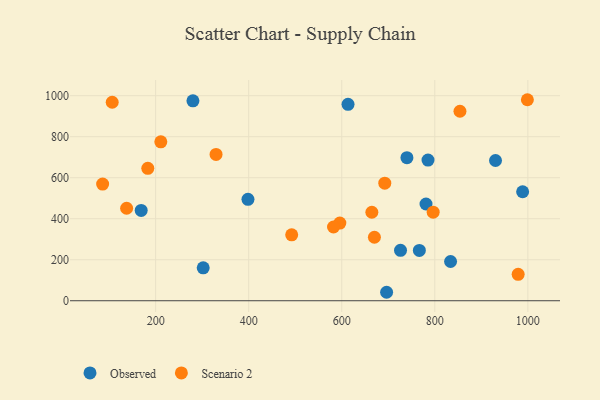
{"axis": {"x": "Price", "y": "Exam Score"}, "legend": ["Observed", "Scenario 2"], "data": [{"x": "613.5", "y": 958.2, "type": "Observed"}, {"x": "833.9", "y": 191.4, "type": "Observed"}, {"x": "168.9", "y": 440.7, "type": "Observed"}, {"x": "781.1", "y": 471.8, "type": "Observed"}, {"x": "302.2", "y": 160.4, "type": "Observed"}, {"x": "280.1", "y": 974.9, "type": "Observed"}, {"x": "740.1", "y": 697.7, "type": "Observed"}, {"x": "726.3", "y": 245.8, "type": "Observed"}, {"x": "988.8", "y": 531.5, "type": "Observed"}, {"x": "930.5", "y": 684.1, "type": "Observed"}, {"x": "398.4", "y": 494.5, "type": "Observed"}, {"x": "785.4", "y": 686.2, "type": "Observed"}, {"x": "766.8", "y": 245.4, "type": "Observed"}, {"x": "696.4", "y": 41.3, "type": "Observed"}, {"x": "137.6", "y": 451.2, "type": "Scenario 2"}, {"x": "854.1", "y": 924.2, "type": "Scenario 2"}, {"x": "664.7", "y": 431.5, "type": "Scenario 2"}, {"x": "595.9", "y": 378.6, "type": "Scenario 2"}, {"x": "106.6", "y": 968.2, "type": "Scenario 2"}, {"x": "582.3", "y": 359.7, "type": "Scenario 2"}, {"x": "979.2", "y": 128.9, "type": "Scenario 2"}, {"x": "183.1", "y": 645.7, "type": "Scenario 2"}, {"x": "796.5", "y": 432.0, "type": "Scenario 2"}, {"x": "329.8", "y": 713.6, "type": "Scenario 2"}, {"x": "211.1", "y": 775.1, "type": "Scenario 2"}, {"x": "492.4", "y": 321.7, "type": "Scenario 2"}, {"x": "670.2", "y": 309.6, "type": "Scenario 2"}, {"x": "692.5", "y": 573.2, "type": "Scenario 2"}, {"x": "999.0", "y": 980.4, "type": "Scenario 2"}, {"x": "86.0", "y": 569.2, "type": "Scenario 2"}]}